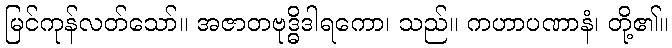
မြင်ကုန်လတ်သော်။ အဇာတဗုဒ္ဓိဒါရကော၊ သည်။ ကဟာပဏာနံ၊ တို့၏။